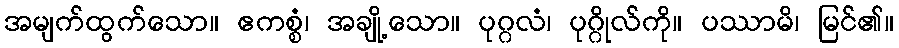
အမျက်ထွက်သော။ ဧကစ္စံ၊ အချို့သော။ ပုဂ္ဂလံ၊ ပုဂ္ဂိုလ်ကို။ ပဿာမိ၊ မြင်၏။